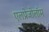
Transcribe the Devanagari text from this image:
एलप्रेजोलॉम